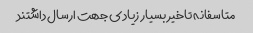
متاسفانه تاخیر بسیار زیادى جهت ارسال داشتند